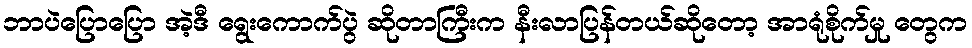
ဘာပဲပြောပြော အဲ့ဒီ ရွေးကောက်ပွဲ ဆိုတာကြီးက နီးလာပြန်တယ်ဆိုတော့ အာရုံစိုက်မှု တွေက